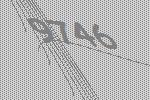
9746